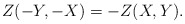
\begin{align*}Z(-Y,-X)=-Z(X,Y).\end{align*}